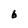
Character: b